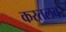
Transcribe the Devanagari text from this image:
करतलब